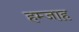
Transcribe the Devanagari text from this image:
हम्जाह